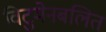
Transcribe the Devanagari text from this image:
विटुमेनबलित